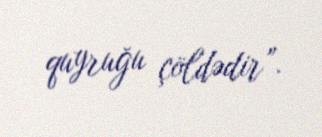
quyruğu çöldədir”.